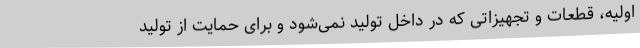
اولیه، قطعات و تجهیزاتی که در داخل تولید نمی‌شود و برای حمایت از تولید